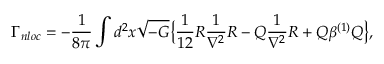
\Gamma _ { n l o c } = - { \frac { 1 } { 8 \pi } } \int d ^ { 2 } x \sqrt { - G } \big \{ { \frac { 1 } { 1 2 } } R { \frac { 1 } { \nabla ^ { 2 } } } R - { \cal Q } { \frac { 1 } { \nabla ^ { 2 } } } R + { \cal Q } \beta ^ { ( 1 ) } { \cal Q } \big \} ,